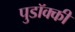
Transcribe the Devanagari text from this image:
पुडॉक्की